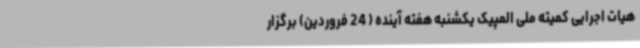
هیات اجرایی کمیته ملی المپیک یکشنبه هفته آینده ( 24 فروردین) برگزار